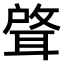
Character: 𫆈